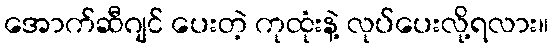
အောက်ဆီဂျင် ပေးတဲ့ ကုထုံးနဲ့ လုပ်ပေးလို့ရလား။